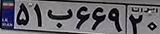
۵۱ب۶۶۹۲۰